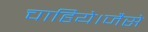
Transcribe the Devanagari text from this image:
चाहिये।जैसे